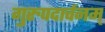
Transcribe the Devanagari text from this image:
गुरुपदार्चनम्